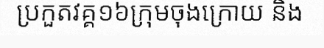
ប្រកួតវគ្គ១៦ក្រុមចុងក្រោយ និង